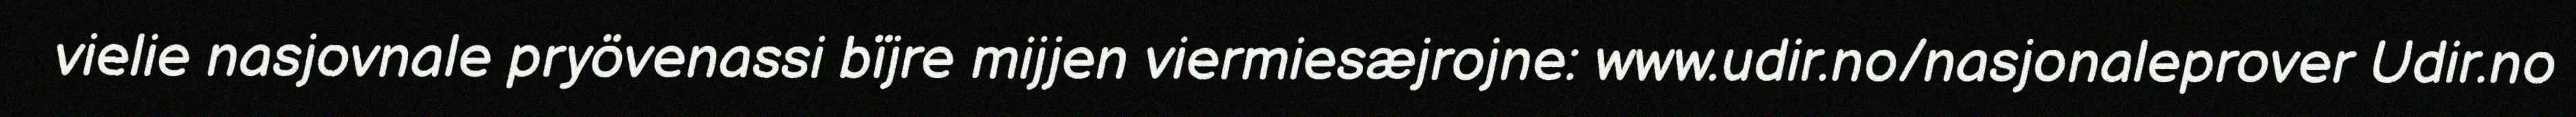
vielie nasjovnale pryövenassi bïjre mijjen viermiesæjrojne: www.udir.no/nasjonaleprover Udir.no